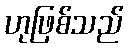
ဟုဖြစ်သည်